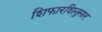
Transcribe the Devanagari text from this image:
शिफारशिनुसार